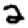
Digit: 2